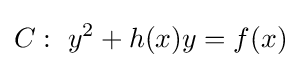
C:~y^{2}+h(x)y=f(x)